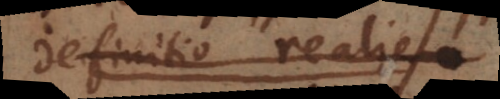
definitio realis,